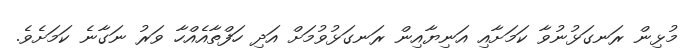
މުޅިން ރަނގަޅުނުވާ ކަމަށާއި އަނިޔާއިން ރަނގަޅުވުމަށް އަދި ހަފްތާއެއްހާ ވަރު ނަގާނެ ކަމަށެވެ.